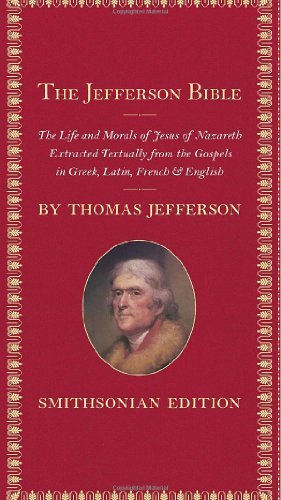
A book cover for The Jefferson Bible, Smithsonian Edition: The Life and Morals of Jesus of Nazareth; Thomas Jefferson; History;